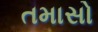
તમાસો